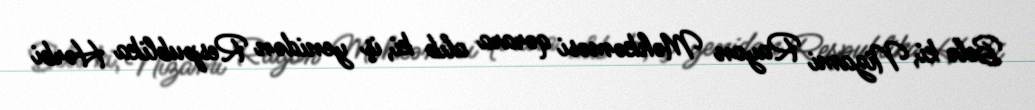
Belə ki, Nizami Rayon Məhkəməsi qərara alıb ki, iş yenidən Respublika Hərbi